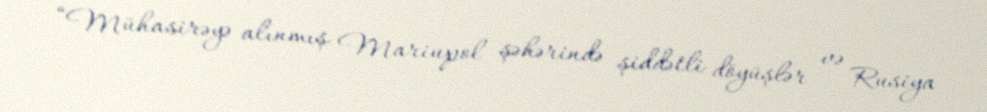
“Mühasirəyə alınmış Mariupol şəhərində şiddətli döyüşlər və Rusiya